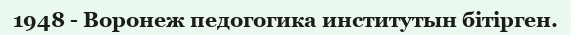
1948 - Воронеж педогогика институтын бітірген.